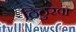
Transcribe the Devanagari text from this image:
ठिठुरवा